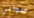
صوابي